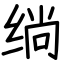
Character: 绱